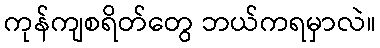
ကုန်ကျစရိတ်တွေ ဘယ်ကရမှာလဲ။